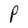
Character: P